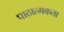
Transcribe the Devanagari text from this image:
पाठात्मकता